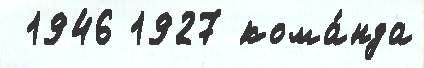
 1946 1927 кома́нда